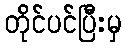
တိုင်ပင်ပြီးမှ